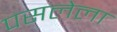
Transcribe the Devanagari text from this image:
पसलेला